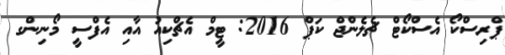
ޕްރިސްކޯ އެސްކޯޓް ޗެލެންޖް ކަޕް 2016: ޓީމް އެޗްކިއު އާއި އެފްސީ މޯނިންގ